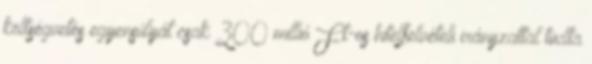
költségvetés egyensúlyát csak 300 millió Ft-os hitelfelvételi irányzattal tudta